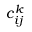
c _ { i j } ^ { k }